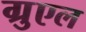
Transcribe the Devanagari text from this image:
ग्रुएल